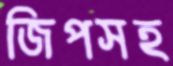
জিপসহ